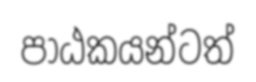
පාඨකයන්ටත්